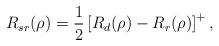
LaTeX: \begin{align*}R_{sr}(\rho)=\frac{1}{2}\left[R_d(\rho)-R_r(\rho)\right]^+,\end{align*}